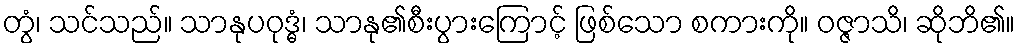
တွံ၊ သင်သည်။ သာနုပဝုဒ္ဓံ၊ သာနု၏စီးပွားကြောင့် ဖြစ်သော စကားကို။ ဝဇ္ဇာသိ၊ ဆိုဘိ၏။